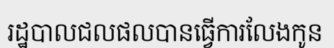
រដ្ឋបាលជលផលបានធ្វើការលែងកូន